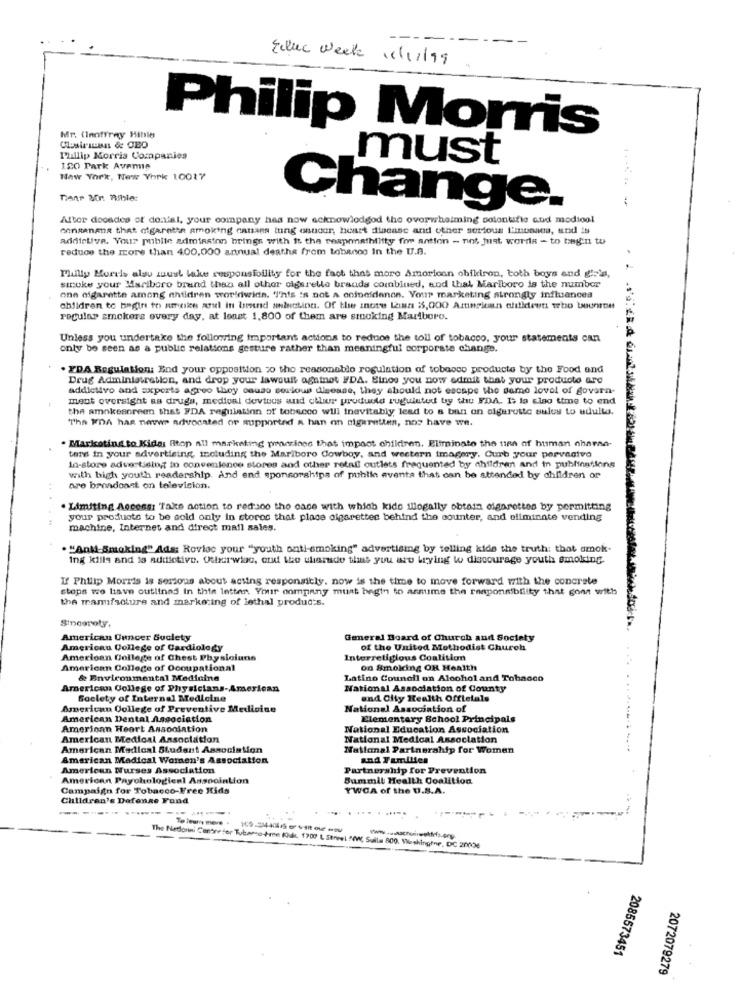
--
Educ Week 16/11/99
Philip Morris
Mr. (Inoftray Hible
Philip Morris Companies
must
120 Park Aveme
New York, New York 10017
Change.
Attor doosdes of denial, your company has now acknowlodgod the overwhelming cotontifie and modiool
consanana that cigarette smoking canaes tung onnoor, heart disease and other serious L'intaans, and is
addictive. Your pubite admission brings with it the respemathiltty for antion - not just words - to begin tu
reduce the more than 400,000 annual deaths from tobanco In the U.A.
Philly Morels also must take responsibility for the fact that more Amoricon chikiron, both boys and girls,
stroke your Mariboro brand than all other olgarete brands combined, and that Marlboro is the number
one cigarette among children worldwide. "This is not a coineldenon. Your marketing strongly influences
children to begin to amnice and in brand sluttint. Of the inote laisn 35,000 Artinsican chitidrett teto bounron
regular smokers every day, at least 1,800 of them are smoking Marlboro.
Unless you undertake the following important actions to reduce the toll of tobacco, your statements can
only be seen as a public relations gesture rather than meaningful corporate change.
. ZDA Regulation: End your opposition 20 the reasonable regulation of tobacco products by the Food and
Drug Administration, and drop your lawsuit against FDA. Elnoe you now admit that your products are
addictivo and sxports agreo they cause serious disease, they should not escape the same lovel of govern-
ment oversight as drugs, medical devices and chlor produrld ruguinte by the FDA. It la elao time to end
the smokescreen that FDA regulation of tobacco will inevitably lead to a ban on sigarette sules to udulls.
"The ImDA has neuwe advocated of supported a han on cigaretten, nos have we.
. Markoting to Kides Rtop all marketing prosrices that impact children, Eliminate the time of human chamna-
ten in your advertising, including the Marlboro Cowboy, and western imagery. Curb your pervasive
In-store advertising in convenience stores and other retail outlets frequented by children and in publingtions
with high youth readership. And end sponsorships of public aventa that can be attended by children or
are broadcast on television.
. Limiting Access: 'Take action to red:300 the case with which kide illegally obtain cigarettes by permitting
your products to be sold only in stores that place cigarettes behind the counter, and eliminate vending
machine, Internet and direct mail sales.
. "And-Smoking" Ads: Rovloc your "youth onti smoking" advertising by telling kide the truth: that amok-
ing kills and is addictive. Otherwise, and the tharde that you are trying to discourage youth smoking.
If Philip Morris is serious about acting responsibly. now is the time to move forward with the concrete
stops we liave outlines In this intter. Ymir onmpany must begin to assume the responsibility that gone with
the manufacture and marketing of iethal products.
Sincerely.
American Cancer Society
General Board of Church and Society
American College of Cardiology
of the United Methodist Church
American College of Chest Physicians
Interreligious Coalition
American College of Occupational
on Smoking OR Health
& Environmental Medicine
Latino Council on Alcohol and Tobacco
American College of Physicians-American
National Association of County
Soelety of Internal Medicine
and City Health Officials
American College of Preventive Medicine
National Association of
American Dental Association
Elementary School Principals
American Heart Association
National Education Association
American Medical Association
National Medical Association
American Medical Student Association
National Partnership for Women
American Medical Women's Association
and Families
American Nurses Association
Partnership for Prevention
American Paychological Association
Summil Health Coalition
Campaign for Tobacco-Free Hids
YWCA of the U.S.A.
Children's Dafence Fond
------
.....
The Nietlorini Centre for Tubamso-+re Fik. 1700 L Street NW, Sulla 800. Washingine, DC 20036
2085573451
2072079279